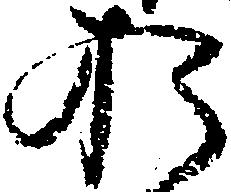
お